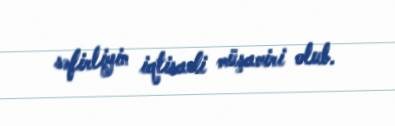
səfirliyin iqtisadi müşaviri olub.